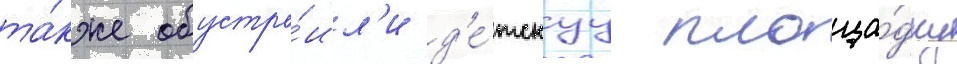
та́кже обустро́ил'и д'е́тскуу площа́дку